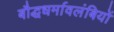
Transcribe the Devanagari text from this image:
बौद्धधर्मावलंबियों